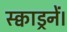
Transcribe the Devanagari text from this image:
स्क्वाड्रनें।